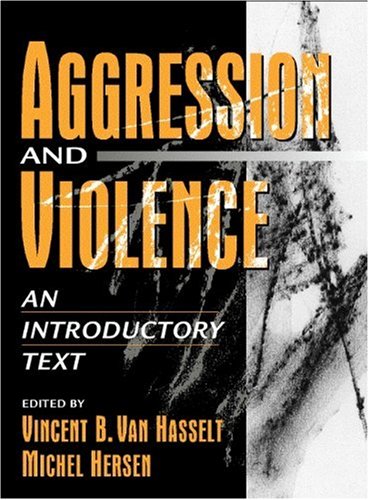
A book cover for Aggression and Violence: An Introductory Text; Vincent B. Van Hasselt; Medical Books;